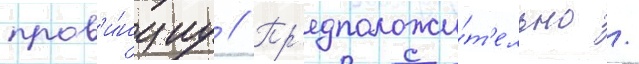
пров'и́нциу // Пр'едположи́т'ельно /